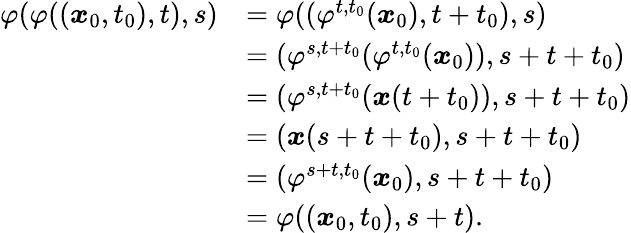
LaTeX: {\begin{array}{rl}{\varphi(\varphi(({\boldsymbol{x}}_{0},t_{0}),t),s)}&{=\varphi((\varphi^{t,t_{0}}({\boldsymbol{x}}_{0}),t+t_{0}),s)}\\ &{=(\varphi^{s,t+t_{0}}(\varphi^{t,t_{0}}({\boldsymbol{x}}_{0})),s+t+t_{0})}\\ &{=(\varphi^{s,t+t_{0}}({\boldsymbol{x}}(t+t_{0})),s+t+t_{0})}\\ &{=({\boldsymbol{x}}(s+t+t_{0}),s+t+t_{0})}\\ &{=(\varphi^{s+t,t_{0}}({\boldsymbol{x}}_{0}),s+t+t_{0})}\\ &{=\varphi(({\boldsymbol{x}}_{0},t_{0}),s+t).}\end{array}}